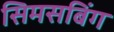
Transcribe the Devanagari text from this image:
सिमसबिंग